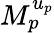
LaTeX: M_{p}^{u_{p}}